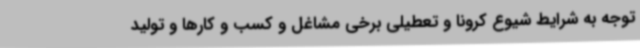
توجه به شرایط شیوع کرونا و تعطیلی برخی مشاغل و کسب و کارها و تولید